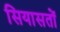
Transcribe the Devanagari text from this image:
सियासतों